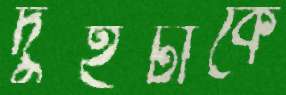
দুইটাকে